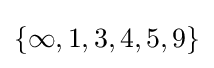
\{\infty ,1,3,4,5,9\}